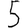
Digit: 5